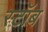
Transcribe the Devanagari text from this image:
स्टॉब